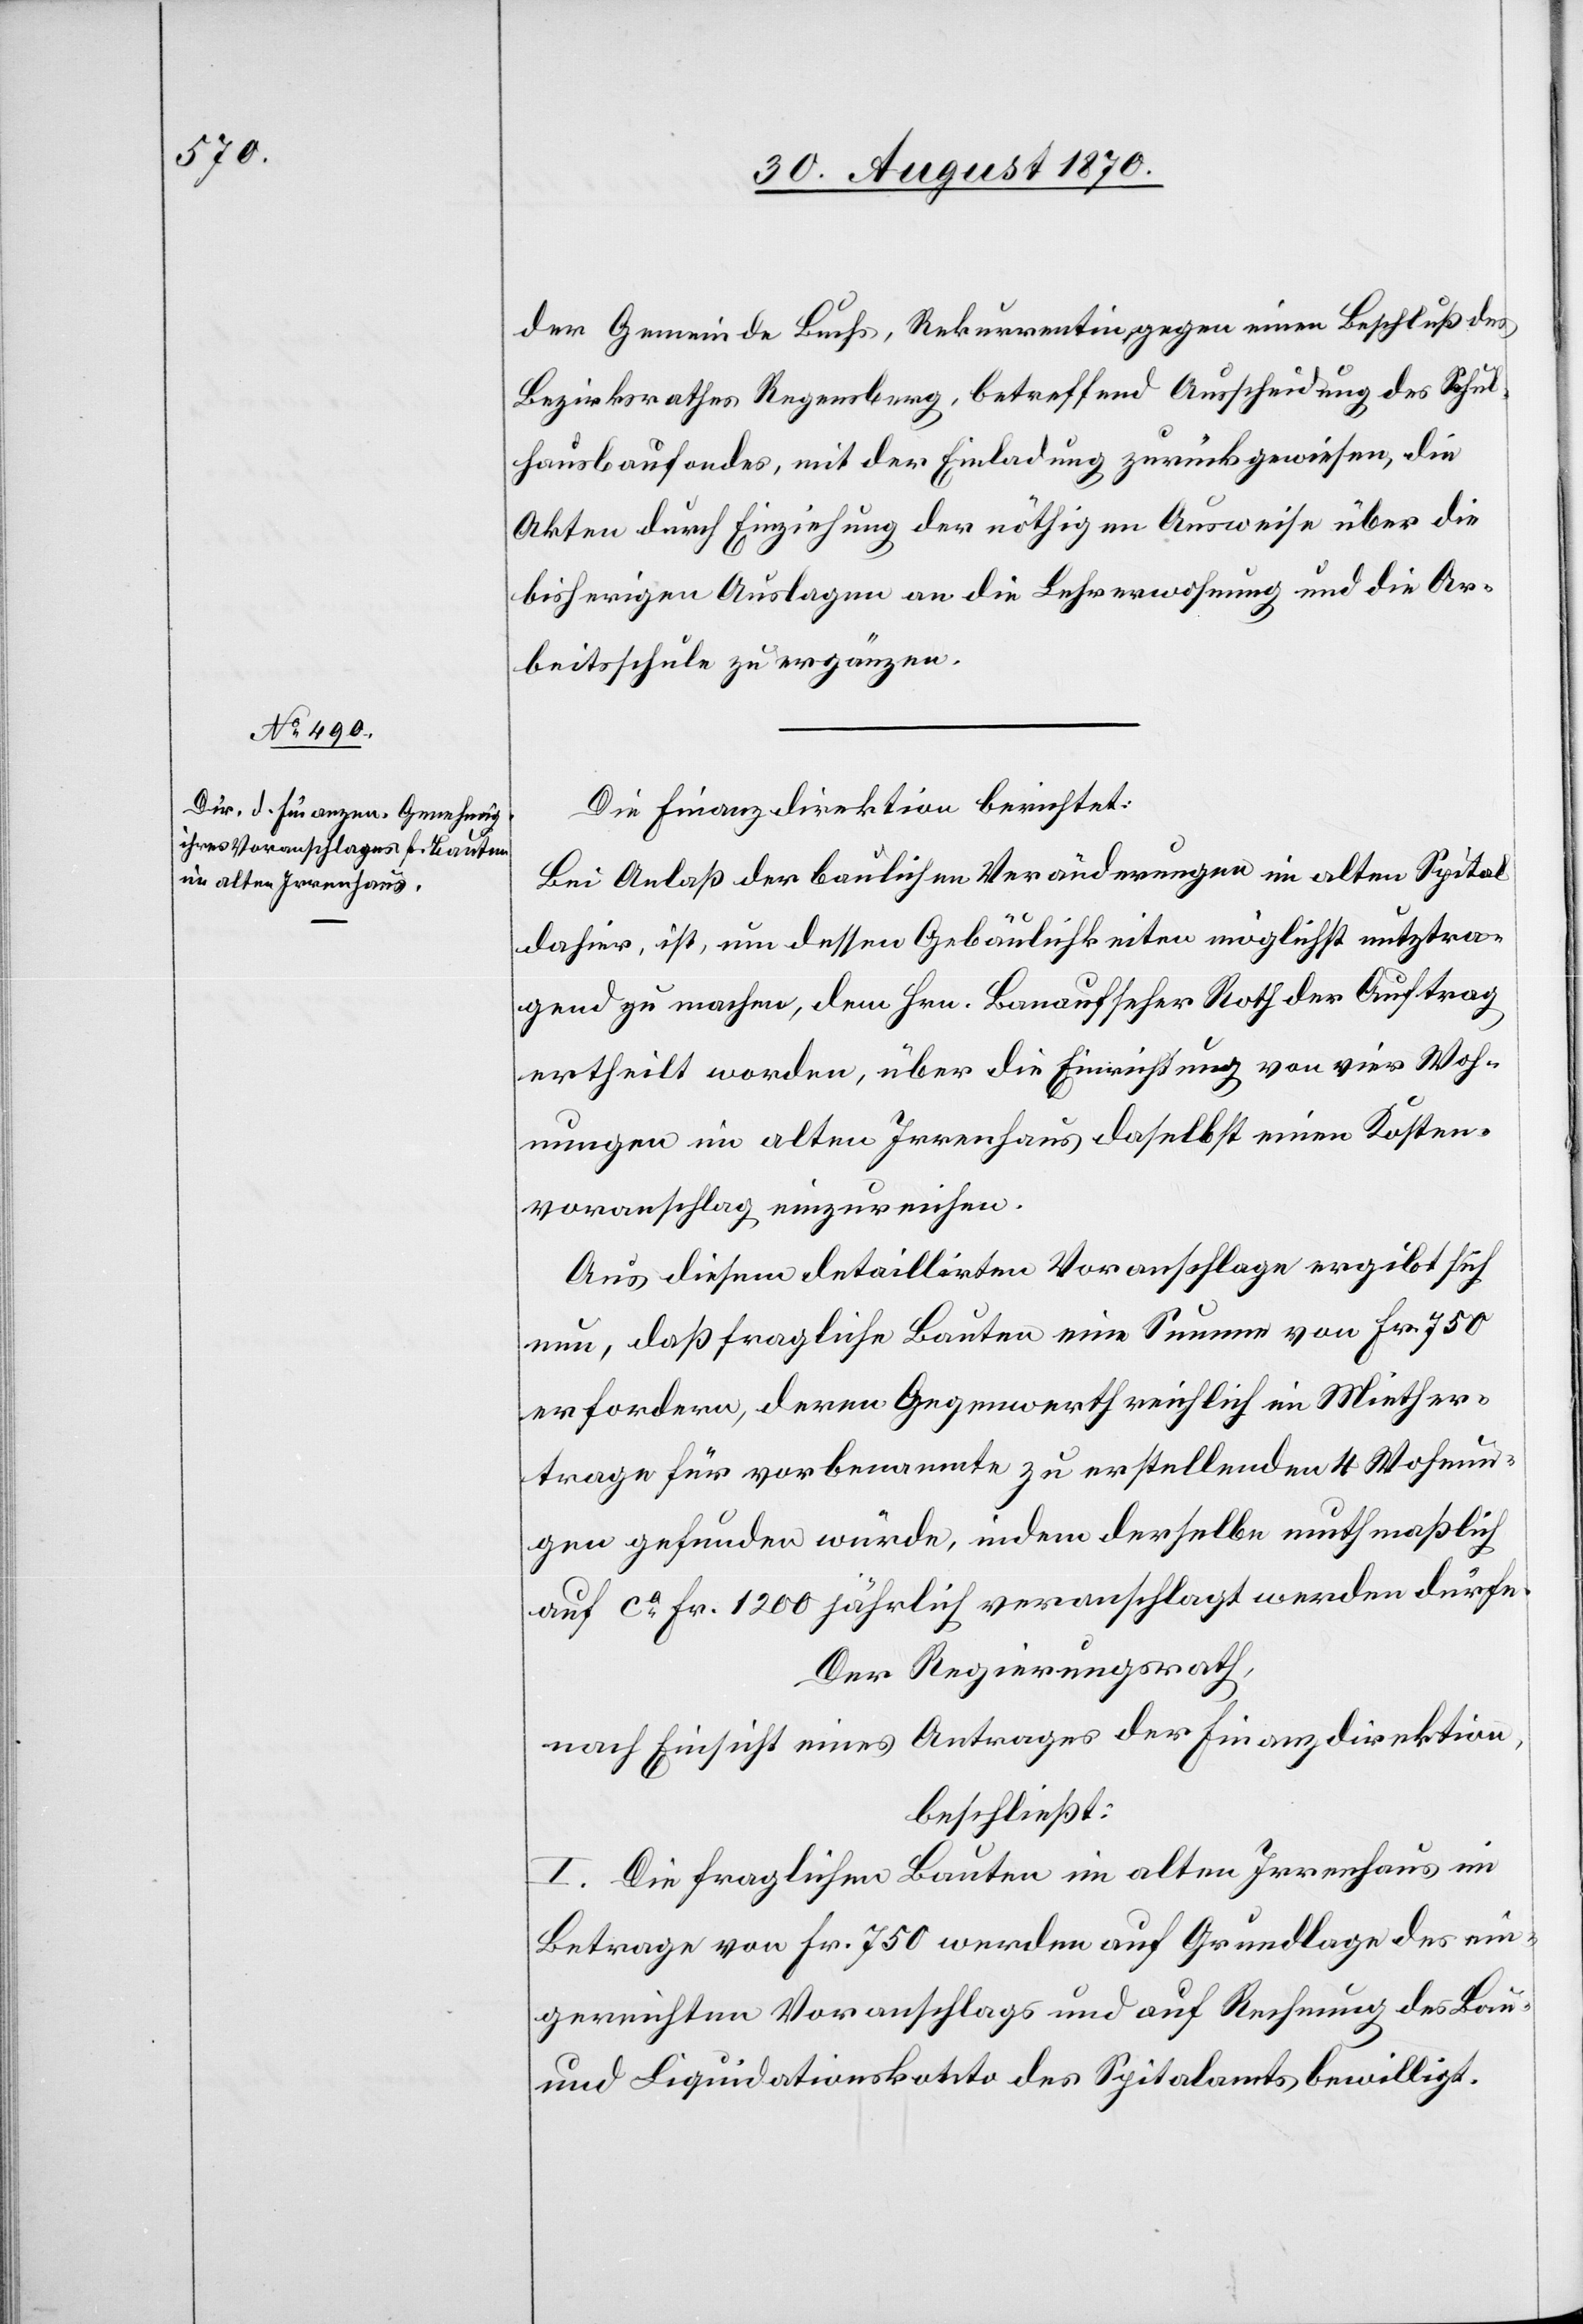
der Gemeinde Buchs, Rekurrentin gegen einen Beschluß des
Bezirksrathes Regensberg, betreffend Ausscheidung des Schul¬
hausbaufondes, mit der Einladung zurückgewiesen, die
Akten durch Einziehung der nöthigen Ausweise über die
bisherigen Auslagen an die Lehrerwohnung und die Ar¬
beitsschule zu ergänzen.
Die Finanzdirektion berichtet:
Bei Anlaß der baulichen Veränderungen im alten Spital
dahier, ist, um dessen Gebäulichkeiten möglichst nutztra¬
gend zu machen, dem Hrn. Bauaufseher Roth der Auftrag
ertheilt worden, über die Einrichtung von vier Woh¬
nungen im alten Irrenhaus daselbst einen Kosten¬
voranschlag einzureichen.
Aus diesem detaillirten Voranschlage ergibt sich
nun, daß fragliche Bauten eine Summe von Fr. 750
erfordern, deren Gegenwerth reichlich im Miether¬
trage für vorbenannten zu erstellende 4 Wohnun¬
gen gefunden würde, indem derselbe muthmaßlich
auf ca Fr. 1200 jährlich veranschlagt werden dürfte.
Der Regierungsrath,
nach Einsicht eines Antrages der Finanzdirektion,
beschließt:
I. Die fraglichen Bauten im alten Irrenhaus im
Betrage von Fr. 750 werden auf Grundlage des ein¬
gerichteten Voranschlags und auf Rechnung des Bau-
und Liquidationskonto des Spitals bewilligt.